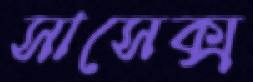
সাসেক্স